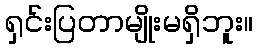
ရှင်းပြတာမျိုးမရှိဘူး။